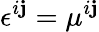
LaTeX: \epsilon^{i\mathbf{j}}=\mu^{i\mathbf{j}}